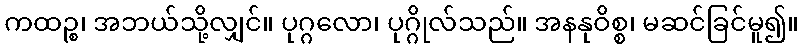
ကထဉ္စ၊ အဘယ်သို့လျှင်။ ပုဂ္ဂလော၊ ပုဂ္ဂိုလ်သည်။ အနနုဝိစ္စ၊ မဆင်ခြင်မူ၍။